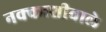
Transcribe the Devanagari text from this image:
नक्काशीवाले